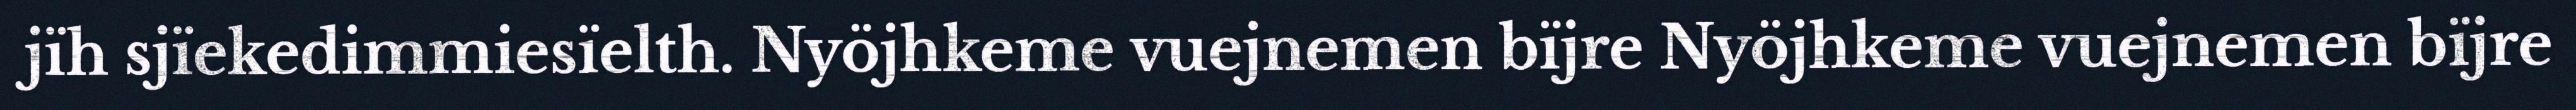
jïh sjïekedimmiesïelth. Nyöjhkeme vuejnemen bïjre Nyöjhkeme vuejnemen bïjre